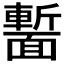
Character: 𩈻